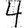
Digit: 4